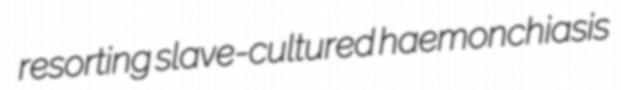
resorting slave-cultured haemonchiasis